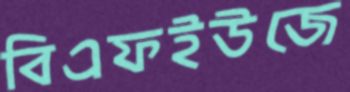
বিএফইউজে